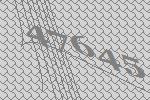
47645